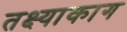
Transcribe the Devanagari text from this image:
तक्ष्याकाग